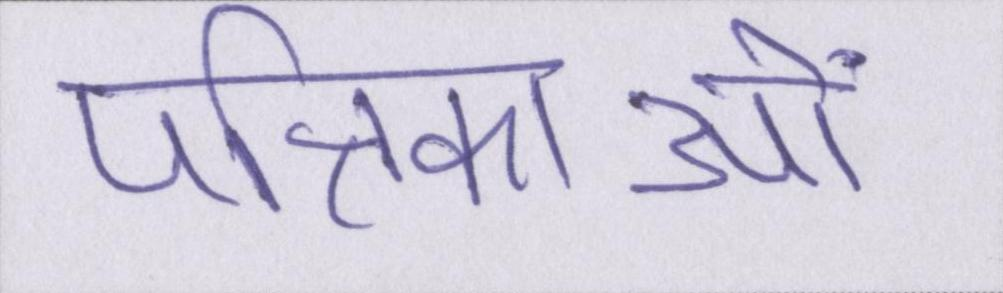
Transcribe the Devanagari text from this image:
पत्रिकाओं